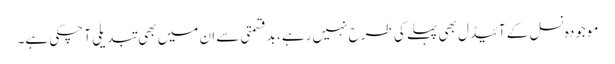
موجودہ نسل کے آئیڈل بھی پہلے کی طرح نہیں رہے، بدقسمتی سے ان میں بھی تبدیلی آ چکی ہے۔